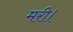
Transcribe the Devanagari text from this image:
मरी।